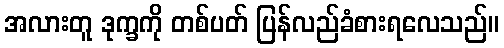
အလားတူ ဒုက္ခကို တစ်ပတ် ပြန်လည်ခံစားရလေသည်။